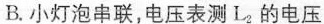
B.小灯泡串联，电压表测L2的电压